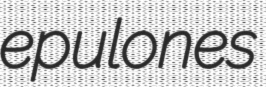
epulones